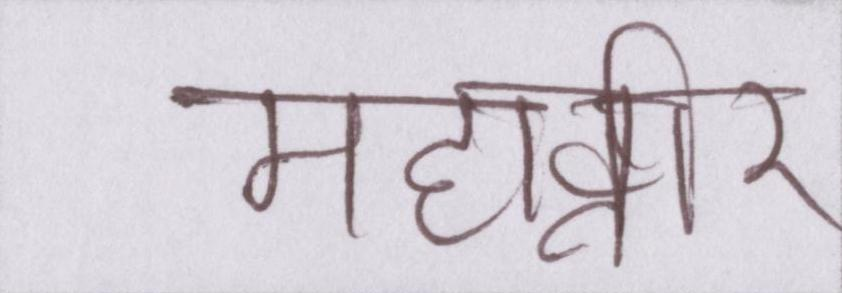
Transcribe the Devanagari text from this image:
महावीर